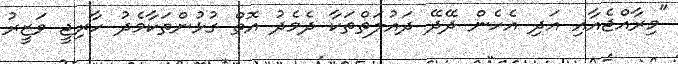
"މިރާއްޖެއާއި އަދި އެހެން ދޭދޭ ދައުލަތްތަކާ ދެމެދު އޮތް ގުޅުންތަކާމެދު ހާރިޖީ ވަޒީރު